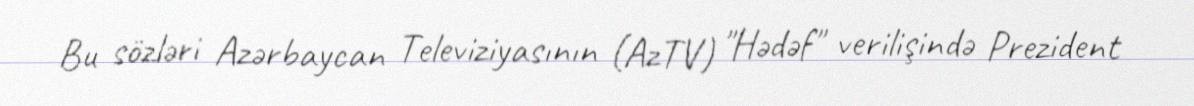
Bu sözləri Azərbaycan Televiziyasının (AzTV) "Hədəf" verilişində Prezident